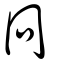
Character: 冋